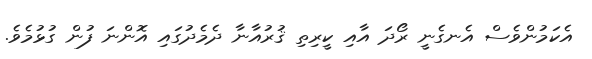
އެކަމުންވެސް އެނގެނީ ރޯދަ އާއި ކީރިތި ޤުރުއާނާ ދެމެދުގައި އޮންނަ ފުން ގުޅުމެވެ.